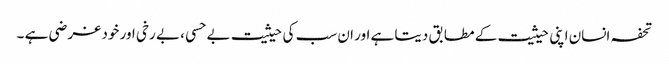
تحفہ انسان اپنی حیثیت کے مطابق دیتا ہے اور ان سب کی حیثیت بے حسی ، بے رخی اور خود غر ضی ہے ۔